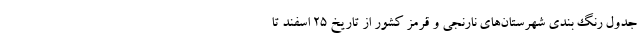
جدول رنگ ­بندی شهرستان­‌های نارنجی و قرمز کشور از تاریخ ۲۵ اسفند تا